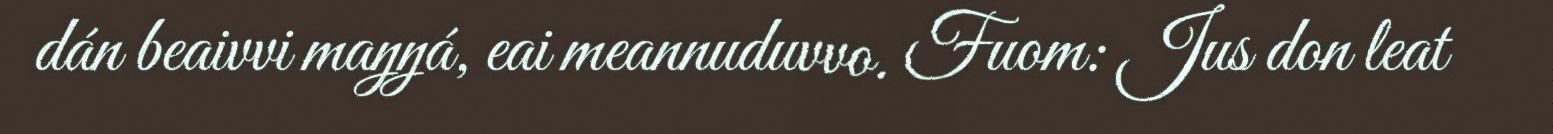
dán beaivvi maŋŋá, eai meannuduvvo. Fuom: Jus don leat